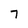
Character: 7